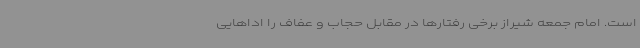
است. امام جمعه شیراز برخی رفتارها در مقابل حجاب و عفاف را اداهایی